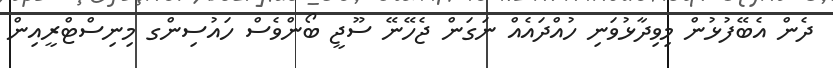
ދެން އެބޭފުޅުން މިވިދާޅުވަނި ހުއްދައެއް ނަގަން ޖެހޭނޭ ސޫޖީ ބޯންވެސް ހައުސިންގ މިނިސްޓްރީއިން